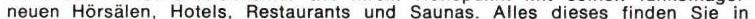
neuen Hörsälen, Hotels, Restaurants und Saunas. Alles dieses finden Sie in